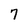
Character: 7